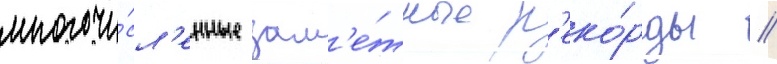
многочи́сл'енные зам'е́тные р'еко́рды //